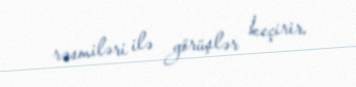
rəsmiləri ilə görüşlər keçirir.